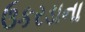
ઉકરડાના